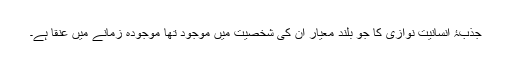
جذبۂ انسانیت نوازی کا جو بلند معیار ان کی شخصیت میں موجود تھا موجودہ زمانے میں عنقا ہے۔